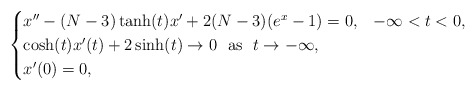
\begin{align*}\begin{cases}x''-(N-3)\tanh(t)x'+2(N-3)(e^x-1)=0, & -\infty<t<0,\\\cosh(t)x'(t)+2\sinh(t)\rightarrow 0\ \ \textrm{as}\ \ t\rightarrow -\infty,\\x'(0)=0,\end{cases}\end{align*}